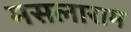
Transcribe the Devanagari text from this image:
मसलाराम